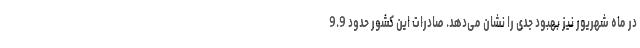
در ماه شهریور نیز بهبود جدی را نشان می‌دهد. صادرات این کشور حدود 9.9